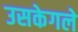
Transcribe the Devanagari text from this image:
उसकेगले